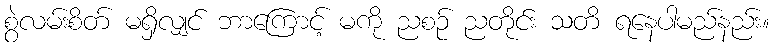
စွဲလမ်းစိတ် မရှိလျှင် ဘာကြောင့် မကို ညစဉ် ညတိုင်း သတိ ရနေပါမည်နည်း။